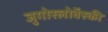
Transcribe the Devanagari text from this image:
जुगोस्लोवेंस्की